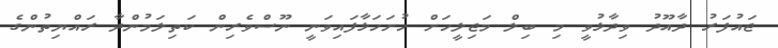
ޖައުފަރު ދާއޫދު ވިދާޅުވީ މި ބިލް މަޖިލީހަށް ހުށަހަޅާފައިވަނީ ނޫސްވެރިން ކަތިލަމުންދާ ރައްޔިތުންގެ